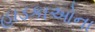
હાડકાઓના